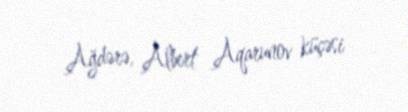
Ağdərə, Albert Aqarunov küçəsi